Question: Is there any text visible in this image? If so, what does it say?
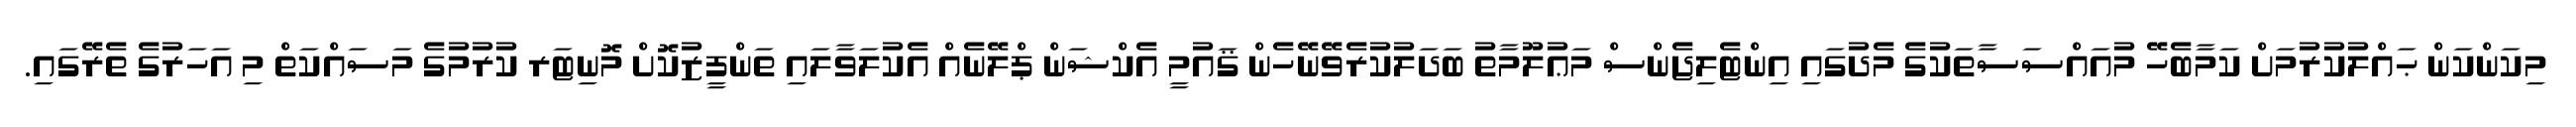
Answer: މިކަންކަން ޙައްލުކުރުމަށް ކަމާބެހޭ މުއައްސަސާތަކުގެ މެދުގައި އިންޓެލިޖެންސް މަޢުލޫމާތު ބަދަލުކުރެވޭނޭހެން ޤައުމީ އެކްޝަން ޕްލޭނެއް އެކުލަވާލައި ތަންފީޒުކޮށް މޮނިޓަރ ކުރުމުގެ މަސައްކަތް މި އަހަރުގެ ތެރޭގައި.